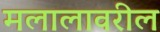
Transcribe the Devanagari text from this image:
मलालावरील